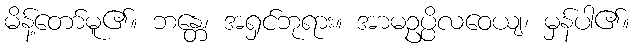
မိန့်တော်မူ၏။ ဘန္တေ၊ အရှင်ဘုရား။ အာမဥပ္ပိလဝေယျ၊ မှန်ပါ၏။